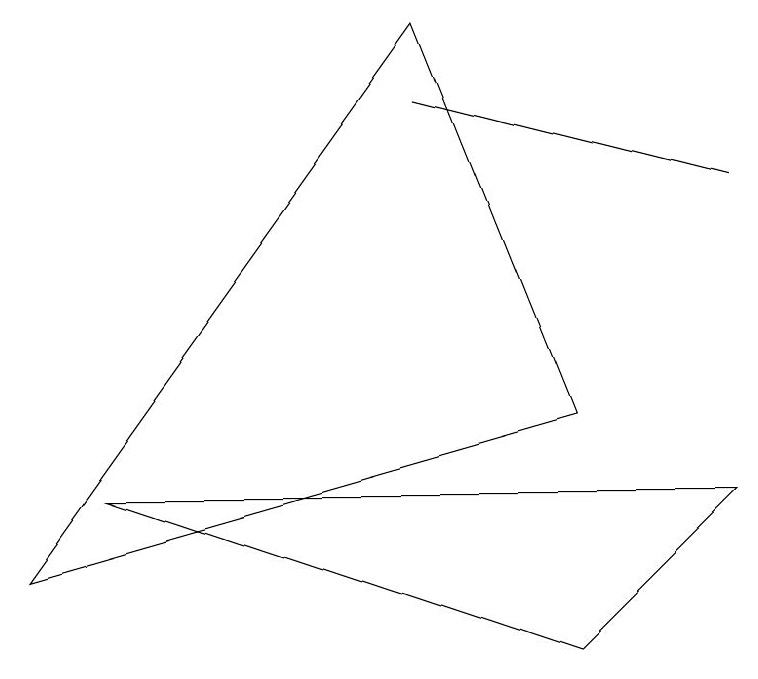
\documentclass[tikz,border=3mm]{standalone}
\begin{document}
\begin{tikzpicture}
\draw (7,0) -- (1,2) -- (9,2) -- cycle;
\draw (9,6) -- (5,7) -- (5,7) -- cycle;
\draw (7,3) -- (0,1) -- (5,8) -- cycle;
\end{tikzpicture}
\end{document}